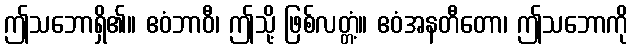
ဤသဘောရှိ၏။ ဧဝံဘာဝီ၊ ဤသို့ ဖြစ်လတ္တံ့။ ဧဝံအနတီတော၊ ဤသဘောကို